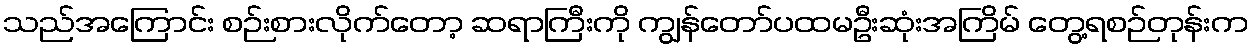
သည်အကြောင်း စဉ်းစားလိုက်တော့ ဆရာကြီးကို ကျွန်တော်ပထမဦးဆုံးအကြိမ် တွေ့ရစဉ်တုန်းက